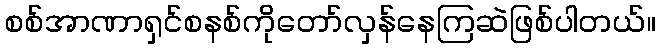
စစ်အာဏာရှင်စနစ်ကိုတော်လှန်နေကြဆဲဖြစ်ပါတယ်။